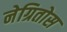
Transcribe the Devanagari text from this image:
नेग्रितोस